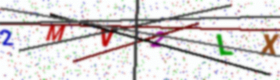
Text: 2MV2LX